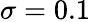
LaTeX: \sigma=0.1